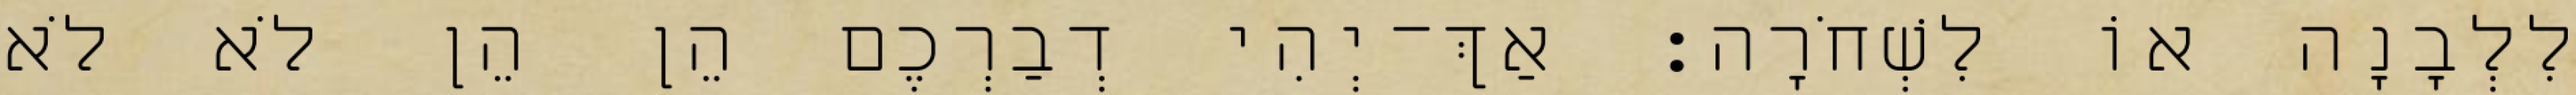
לִלְבָנָה אוֹ לִשְׁחֹרָה׃ אַךְ־יְהִי דְבַרְכֶם הֵן הֵן לֹא לֹא